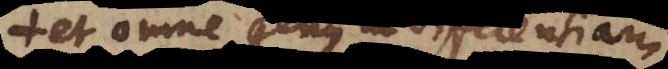
et omne genus ut differentiam;